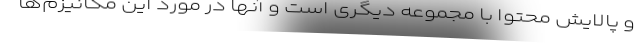
و پالایش محتوا با مجموعه‌ دیگری است و آنها در مورد این مکانیزم‌ها